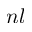
n l